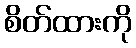
စိတ်ထားကို